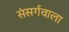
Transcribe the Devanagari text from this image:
संसर्गवाला